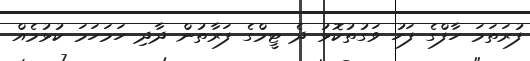
ފުރަތަމަ ހާފްގެ ފަހު ވަގުތުކޮޅު ދެ ޓީމްގެ ފަރާތުން ދާދި ހަމަހަމަ ކުޅުމެއް